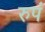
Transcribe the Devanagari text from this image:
रुपं